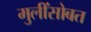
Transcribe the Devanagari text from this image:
मुलींसोबत